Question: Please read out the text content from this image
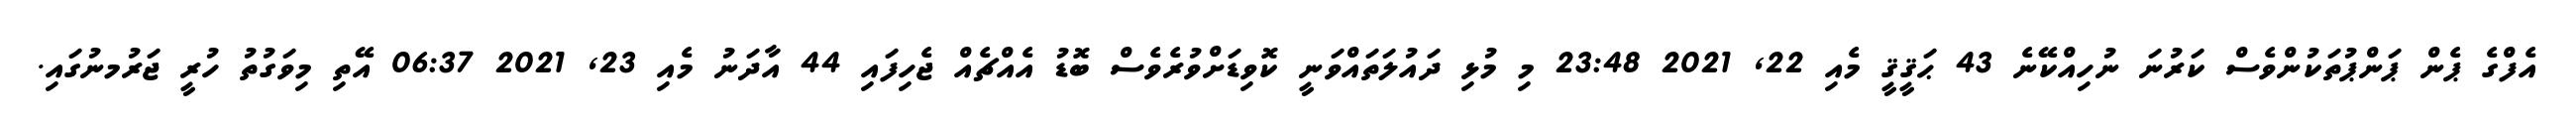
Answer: އެފްގެ ޕެން ޕަންޕުތަކުންވެސް ކަރުނަ ނުހިއްކޭނެ 43 ޙަޤީޤީ މެއި 22, 2021 23:48 މި މުޅި ދައުލަތައްވަނީ ކޮވިޑަށްވުރެވެސް ބޮޑު އެއްޗެއް ޖެހިފައި 44 އާދަނު މެއި 23, 2021 06:37 އޭތި މިވަގުތު ހުރީ ޖަރުމނުގައި.